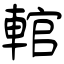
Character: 輨